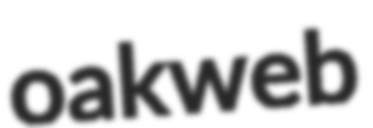
oakweb